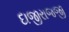
દાજીરાજજી